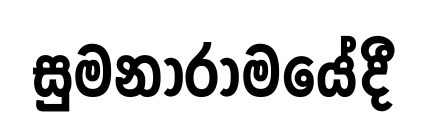
සුමනාරාමයේදී